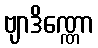
ဗျာဒိဏ္ဏော